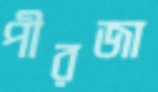
পীরজা